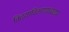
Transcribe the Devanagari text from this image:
विद्याविभागाध्यक्ष